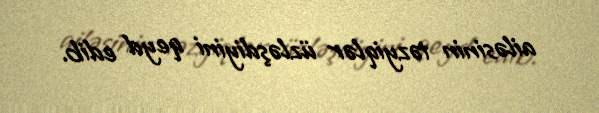
ailəsinin təzyiqlər üzləşdiyini qeyd edib.